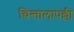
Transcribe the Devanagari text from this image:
चिन्तालापल्ली